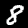
Digit: 8